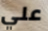
علي